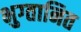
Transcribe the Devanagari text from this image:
भुग्तानित